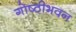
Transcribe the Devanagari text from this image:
गोष्ठीभवन